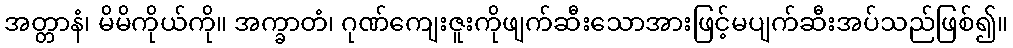
အတ္တာနံ၊ မိမိကိုယ်ကို။ အက္ခာတံ၊ ဂုဏ်ကျေးဇူးကိုဖျက်ဆီးသောအားဖြင့်မပျက်ဆီးအပ်သည်ဖြစ်၍။